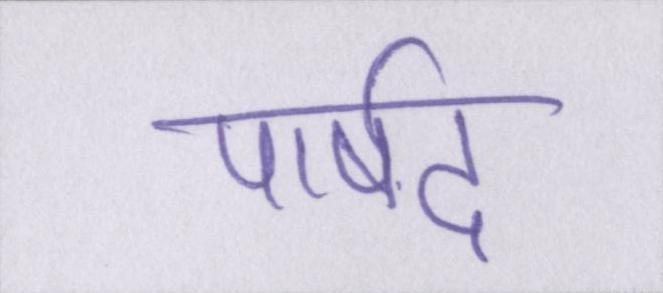
पार्षद